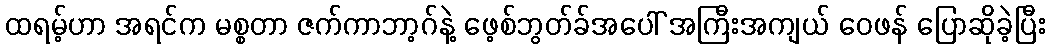
ထရမ့်ဟာ အရင်က မစ္စတာ ဇက်ကာဘာ့ဂ်နဲ့ ဖေ့စ်ဘွတ်ခ်အပေါ် အကြီးအကျယ် ဝေဖန် ပြောဆိုခဲ့ပြီး